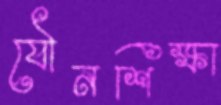
যৌনশিক্ষা